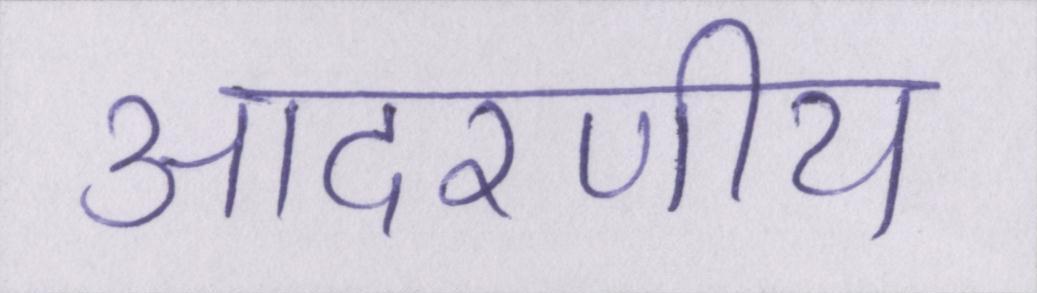
आदरणीय